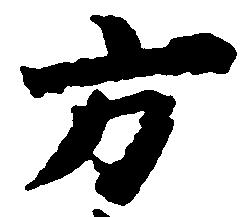
方